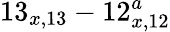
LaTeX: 13_{x,13}-12_{x,12}^{a}